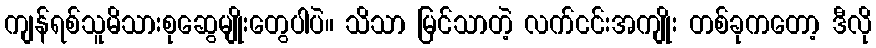
ကျန်ရစ်သူမိသားစုဆွေမျိုးတွေပါပဲ။ သိသာ မြင်သာတဲ့ လက်ငင်းအကျိုး တစ်ခုကတော့ ဒီလို